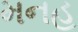
મનહ